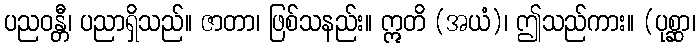
ပညဝန္တီ၊ ပညာရှိသည်။ ဇာတာ၊ ဖြစ်သနည်း။ ဣတိ (အယံ)၊ ဤသည်ကား။ (ပုစ္ဆာ၊